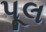
પૂલ